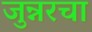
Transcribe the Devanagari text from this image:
जुन्नरचा